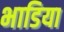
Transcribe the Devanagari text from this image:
भाडिया